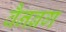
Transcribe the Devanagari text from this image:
वैनब्रग